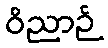
ဝိညာဉ်